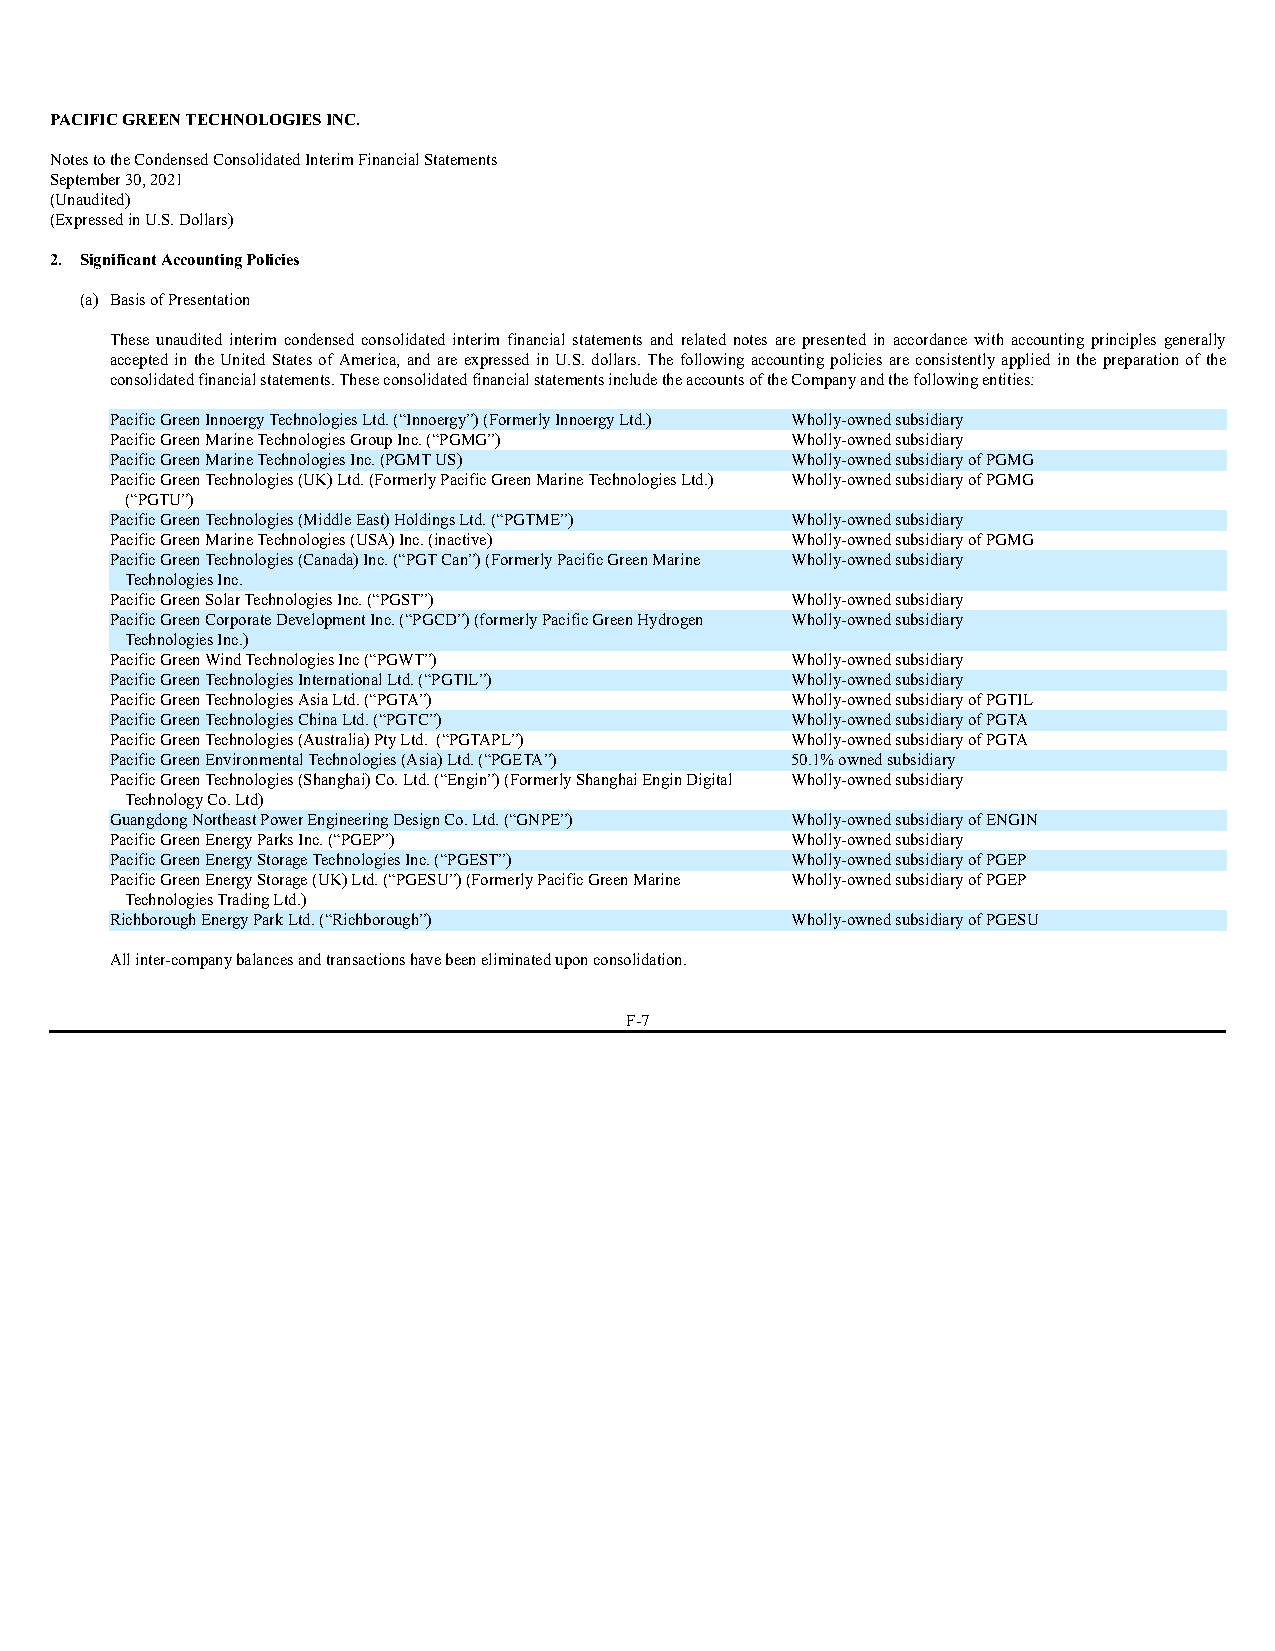
PACIFIC GREEN TECHNOLOGIES INC.
 Notes to the Condensed Consolidated Interim Financial Statements
 September 30, 2021
 (Unaudited)
 (Expressed in U.S. Dollars)
 2. Significant Accounting Policies
 (a) Basis of Presentation
 These unaudited interim condensed consolidated interim financial statements and related notes are presented in accordance with accounting principles generally
 accepted in the United States of America, and are expressed in U.S. dollars. The following accounting policies are consistently applied in the preparation of the
 consolidated financial statements. These consolidated financial statements include the accounts of the Company and the following entities:
 Pacific Green Innoergy Technologies Ltd. (“Innoergy”) (Formerly Innoergy Ltd.) Wholly-owned subsidiary
 Pacific Green Marine Technologies Group Inc. (“PGMG”) Wholly-owned subsidiary
 Pacific Green Marine Technologies Inc. (PGMT US) Wholly-owned subsidiary of PGMG
 Pacific Green Technologies (UK) Ltd. (Formerly Pacific Green Marine Technologies Ltd.) Wholly-owned subsidiary of PGMG
 (“PGTU”)
 Pacific Green Technologies (Middle East) Holdings Ltd. (“PGTME”) Wholly-owned subsidiary
 Pacific Green Marine Technologies (USA) Inc. (inactive) Wholly-owned subsidiary of PGMG
 Pacific Green Technologies (Canada) Inc. (“PGT Can”) (Formerly Pacific Green Marine Wholly-owned subsidiary
 Technologies Inc.
 Pacific Green Solar Technologies Inc. (“PGST”) Wholly-owned subsidiary
 Pacific Green Corporate Development Inc. (“PGCD”) (formerly Pacific Green Hydrogen Wholly-owned subsidiary
 Technologies Inc.)
 Pacific Green Wind Technologies Inc (“PGWT”) Wholly-owned subsidiary
 Pacific Green Technologies International Ltd. (“PGTIL”) Wholly-owned subsidiary
 Pacific Green Technologies Asia Ltd. (“PGTA”) Wholly-owned subsidiary of PGTIL
 Pacific Green Technologies China Ltd. (“PGTC”) Wholly-owned subsidiary of PGTA
 Pacific Green Technologies (Australia) Pty Ltd. (“PGTAPL”) Wholly-owned subsidiary of PGTA
 Pacific Green Environmental Technologies (Asia) Ltd. (“PGETA”) 50.1% owned subsidiary
 Pacific Green Technologies (Shanghai) Co. Ltd. (“Engin”) (Formerly Shanghai Engin Digital Wholly-owned subsidiary
 Technology Co. Ltd)
 Guangdong Northeast Power Engineering Design Co. Ltd. (“GNPE”) Wholly-owned subsidiary of ENGIN
 Pacific Green Energy Parks Inc. (“PGEP”)     Wholly-owned subsidiary
 Pacific Green Energy Storage Technologies Inc. (“PGEST”) Wholly-owned subsidiary of PGEP
 Pacific Green Energy Storage (UK) Ltd. (“PGESU”) (Formerly Pacific Green Marine Wholly-owned subsidiary of PGEP
 Technologies Trading Ltd.)
 Richborough Energy Park Ltd. (“Richborough”) Wholly-owned subsidiary of PGESU
 All inter-company balances and transactions have been eliminated upon consolidation.
 F-7